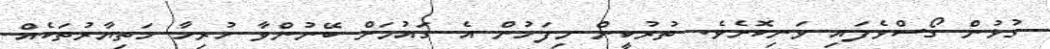
ގުޅުން ގޯސްވެފައި ވަނިކޮށެވެ. ތުރުކީން މިފަހުން އެ ގައުމަށް ބޭނުންވާ ހުރިހާ ހަތިޔާރުތަކެއް